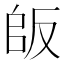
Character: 𠭔